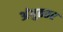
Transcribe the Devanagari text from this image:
अंगुततर